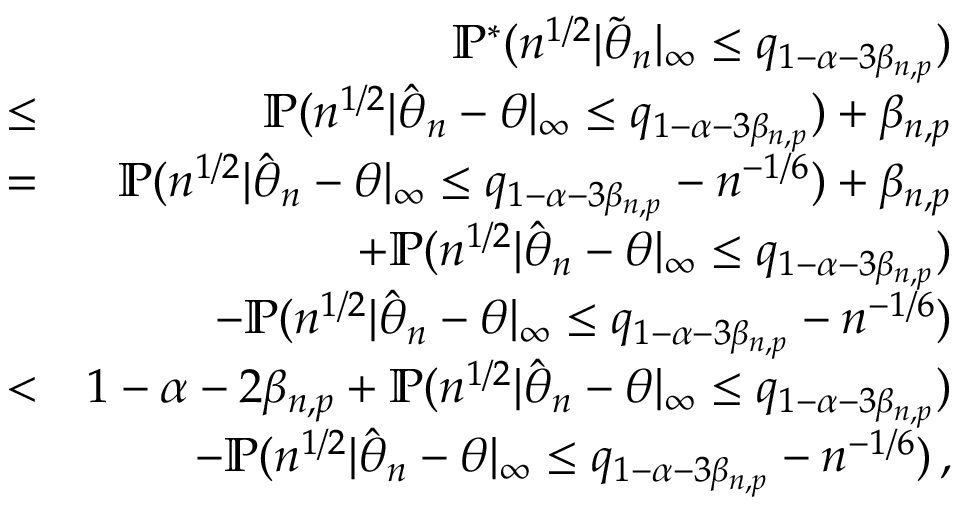
\begin{array} { r l r } & { } & { { \mathbb { P } } ^ { * } ( n ^ { 1 / 2 } | \tilde { { \boldsymbol \theta } } _ { n } | _ { \infty } \leq q _ { 1 - \alpha - 3 \beta _ { n , p } } ) } \\ & { \leq } & { { \mathbb { P } } ( n ^ { 1 / 2 } | \hat { { \boldsymbol \theta } } _ { n } - { \boldsymbol \theta } | _ { \infty } \leq q _ { 1 - \alpha - 3 \beta _ { n , p } } ) + \beta _ { n , p } } \\ & { = } & { { \mathbb { P } } ( n ^ { 1 / 2 } | \hat { { \boldsymbol \theta } } _ { n } - { \boldsymbol \theta } | _ { \infty } \leq q _ { 1 - \alpha - 3 \beta _ { n , p } } - n ^ { - 1 / 6 } ) + \beta _ { n , p } } \\ & { } & { + { \mathbb { P } } ( n ^ { 1 / 2 } | \hat { { \boldsymbol \theta } } _ { n } - { \boldsymbol \theta } | _ { \infty } \leq q _ { 1 - \alpha - 3 \beta _ { n , p } } ) } \\ & { } & { - { \mathbb { P } } ( n ^ { 1 / 2 } | \hat { { \boldsymbol \theta } } _ { n } - { \boldsymbol \theta } | _ { \infty } \leq q _ { 1 - \alpha - 3 \beta _ { n , p } } - n ^ { - 1 / 6 } ) } \\ & { < } & { 1 - \alpha - 2 \beta _ { n , p } + { \mathbb { P } } ( n ^ { 1 / 2 } | \hat { { \boldsymbol \theta } } _ { n } - { \boldsymbol \theta } | _ { \infty } \leq q _ { 1 - \alpha - 3 \beta _ { n , p } } ) } \\ & { } & { - { \mathbb { P } } ( n ^ { 1 / 2 } | \hat { { \boldsymbol \theta } } _ { n } - { \boldsymbol \theta } | _ { \infty } \leq q _ { 1 - \alpha - 3 \beta _ { n , p } } - n ^ { - 1 / 6 } ) \, , } \end{array}